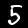
Label: 5